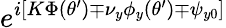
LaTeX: e^{i[K\Phi(\theta^{\prime})\mp\nu_{y}\phi_{y}(\theta^{\prime})\mp\psi_{y0}]}